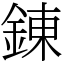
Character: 錬